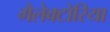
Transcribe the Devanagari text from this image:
गैलेक्टोरिया